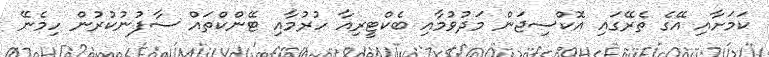
ކަމަށާއި އޭގެ ތެރޭގައި އޮކްސިޖަން މަދުވުމާއި ބެކްޓީރިއާ ހުރުމާއި ޓޭންކްތައް ސާފުނުކުރުން ހިމެނޭ